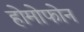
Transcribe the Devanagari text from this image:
होमोफोन